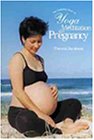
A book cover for The Complete Book of Yoga & Meditation for Pregnancy; Theresa Jamieson; Health, Fitness & Dieting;